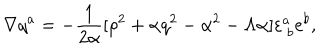
\nabla q ^ { a } = - { \frac { 1 } { 2 { \alpha } } } [ \rho ^ { 2 } + \alpha q ^ { 2 } - \alpha ^ { 2 } - \Lambda \alpha ] \varepsilon _ { \ b } ^ { a } e ^ { b } ,